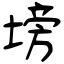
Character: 塝